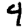
Digit: 4